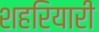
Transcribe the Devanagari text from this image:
शहरियारी